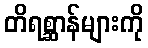
တိရစ္ဆာန်များကို